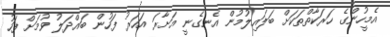
އެމީހުންގެ ހަރަކާތްތަކަށް ބަލައިލުމުން އެނގެނީ އަށާރަ އަހަރު ފަހުން ބައްދަލު ވުމަށް ފަހު